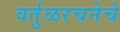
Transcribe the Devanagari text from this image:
वर्तुळरचनेचे